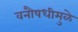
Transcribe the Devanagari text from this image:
वनौषधीमुळे